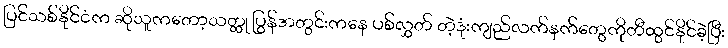
ပြင်သစ်နိုင်ငံက ဆိုသူကတော့သတ္ထု ပြွန်အတွင်းကနေ ပစ်လွှတ် တဲ့ဒုံးကျည်လက်နက်တွေကိုတီထွင်နိုင်ခဲ့ပြီး